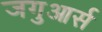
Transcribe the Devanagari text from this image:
जगुआर्स